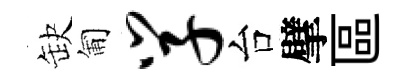
缺匍学台擘區